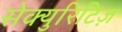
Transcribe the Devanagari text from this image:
सेक्युरिटिज़